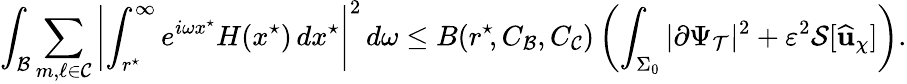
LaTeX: \int_{\mathcal{B}}\sum_{m,\ell\in\mathcal{C}}\left|\int_{r^{\star}\! }^{\infty}e^{i\omega x^{\star}}H(x^{\star})\, dx^{\star}\right|^{2}\, d\omega\leq B(r^{\star}\! ,C_{\mathcal{B}},C_{\mathcal{C}})\left(\int_{\Sigma_{0}}|\partial\Psi_{\mathcal{T}}|^{2}+\varepsilon^{2}\mathcal{S}[\widehat{\mathbf{u}}_{\chi}]\right).